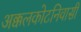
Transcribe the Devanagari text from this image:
अक्कलकोटनिवासी